Regulations for the medical services of the Army of India
Year: 1930
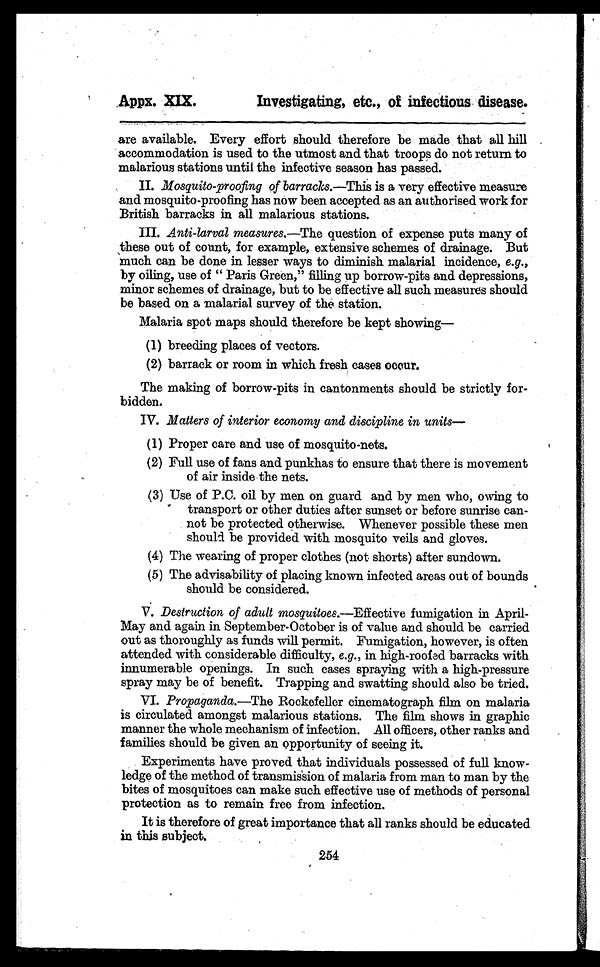
Appx. XIX.
Investigating, etc., of infectious disease.
are available. Every effort should therefore be made that all hill
accommodation is used to the utmost and that troops do not return to
malarious stations until the infective season has passed.
II. Mosquito-proofing of barracks. —This is a very effective measure
and mosquito-proofing has now been accepted as an authorised work for
British barracks in all malarious stations.
III. Anti-larval measures.—The question of expense puts many of
these out of count, for example, extensive schemes of drainage. But
much can be done in lesser ways to diminish malarial incidence, e.g.,
by oiling, use of " Paris Green," filling up borrow-pits and depressions,
minor schemes of drainage, but to be effective all such measures should
be based on a malarial survey of the station.
Malaria spot maps should therefore be kept showing—
(1) breeding places of vectors.
(2) barrack or room in which fresh cases occur.
The making of borrow-pits in cantonments should be strictly for-
bidden.
IV. Matters of interior economy and discipline in units—
(1) Proper care and use of mosquito-nets.
(2) Full use of fans and punkhas to ensure that there is movement
of air inside the nets.
(3) Use of P.C. oil by men on guard and by men who, owing to
transport or other duties after sunset or before sunrise can-
not be protected otherwise. Whenever possible these men
shouldbe provided with mosquito veils and gloves.
(4) The wearing of proper clothes (not shorts) after sundown.
(5) The advisability of placing known infected areas out of bounds
should be considered.
V. Destruction of adult mosquitoes.— Effective fumigation in April-
May and again in September-October is of value and should be carried
out as thoroughly as funds will permit. Fumigation, however, is often
attended with considerable difficulty, e.g., in high-roofed barracks with
innumerable openings. In such cases spraying with a high-pressure
spray may be of benefit. Trapping and swatting should also be tried.
VI. Propaganda.—The Rockefeller cinematograph film on malaria
is circulated amongst malarious stations. The film shows in graphic
manner the whole mechanism of infection. All officers, other ranks and
families should be given an opportunity of seeing it.
Experiments have proved that individuals possessed of full know-
ledge of the method of transmission of malaria from man to man by the
bites of mosquitoes can make such effective use of methods of personal
protection as to remain free from infection.
It is therefore of great importance that all ranks should be educated
in this subject.
254